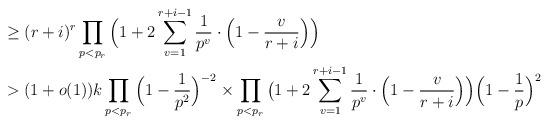
LaTeX: \begin{align*}&\geq (r+i)^r \prod_{p < p_r} \Big ( 1 + 2 \sum_{v = 1}^{r + i - 1} \frac{1}{p^v}\cdot \Big ( 1 - \frac{v}{r + i} \Big ) \Big ) \\ & > (1 + o(1)) k\prod_{p < p_r} \Big (1 - \frac{1}{p^2} \Big )^{-2}\times\prod_{p < p_r} \big (1 + 2 \sum_{v = 1}^{r + i - 1}\frac{1}{p^v} \cdot\Big ( 1 - \frac{v}{r + i} \Big )\Big ) \Big (1 - \frac{1}{p} \Big )^2\end{align*}